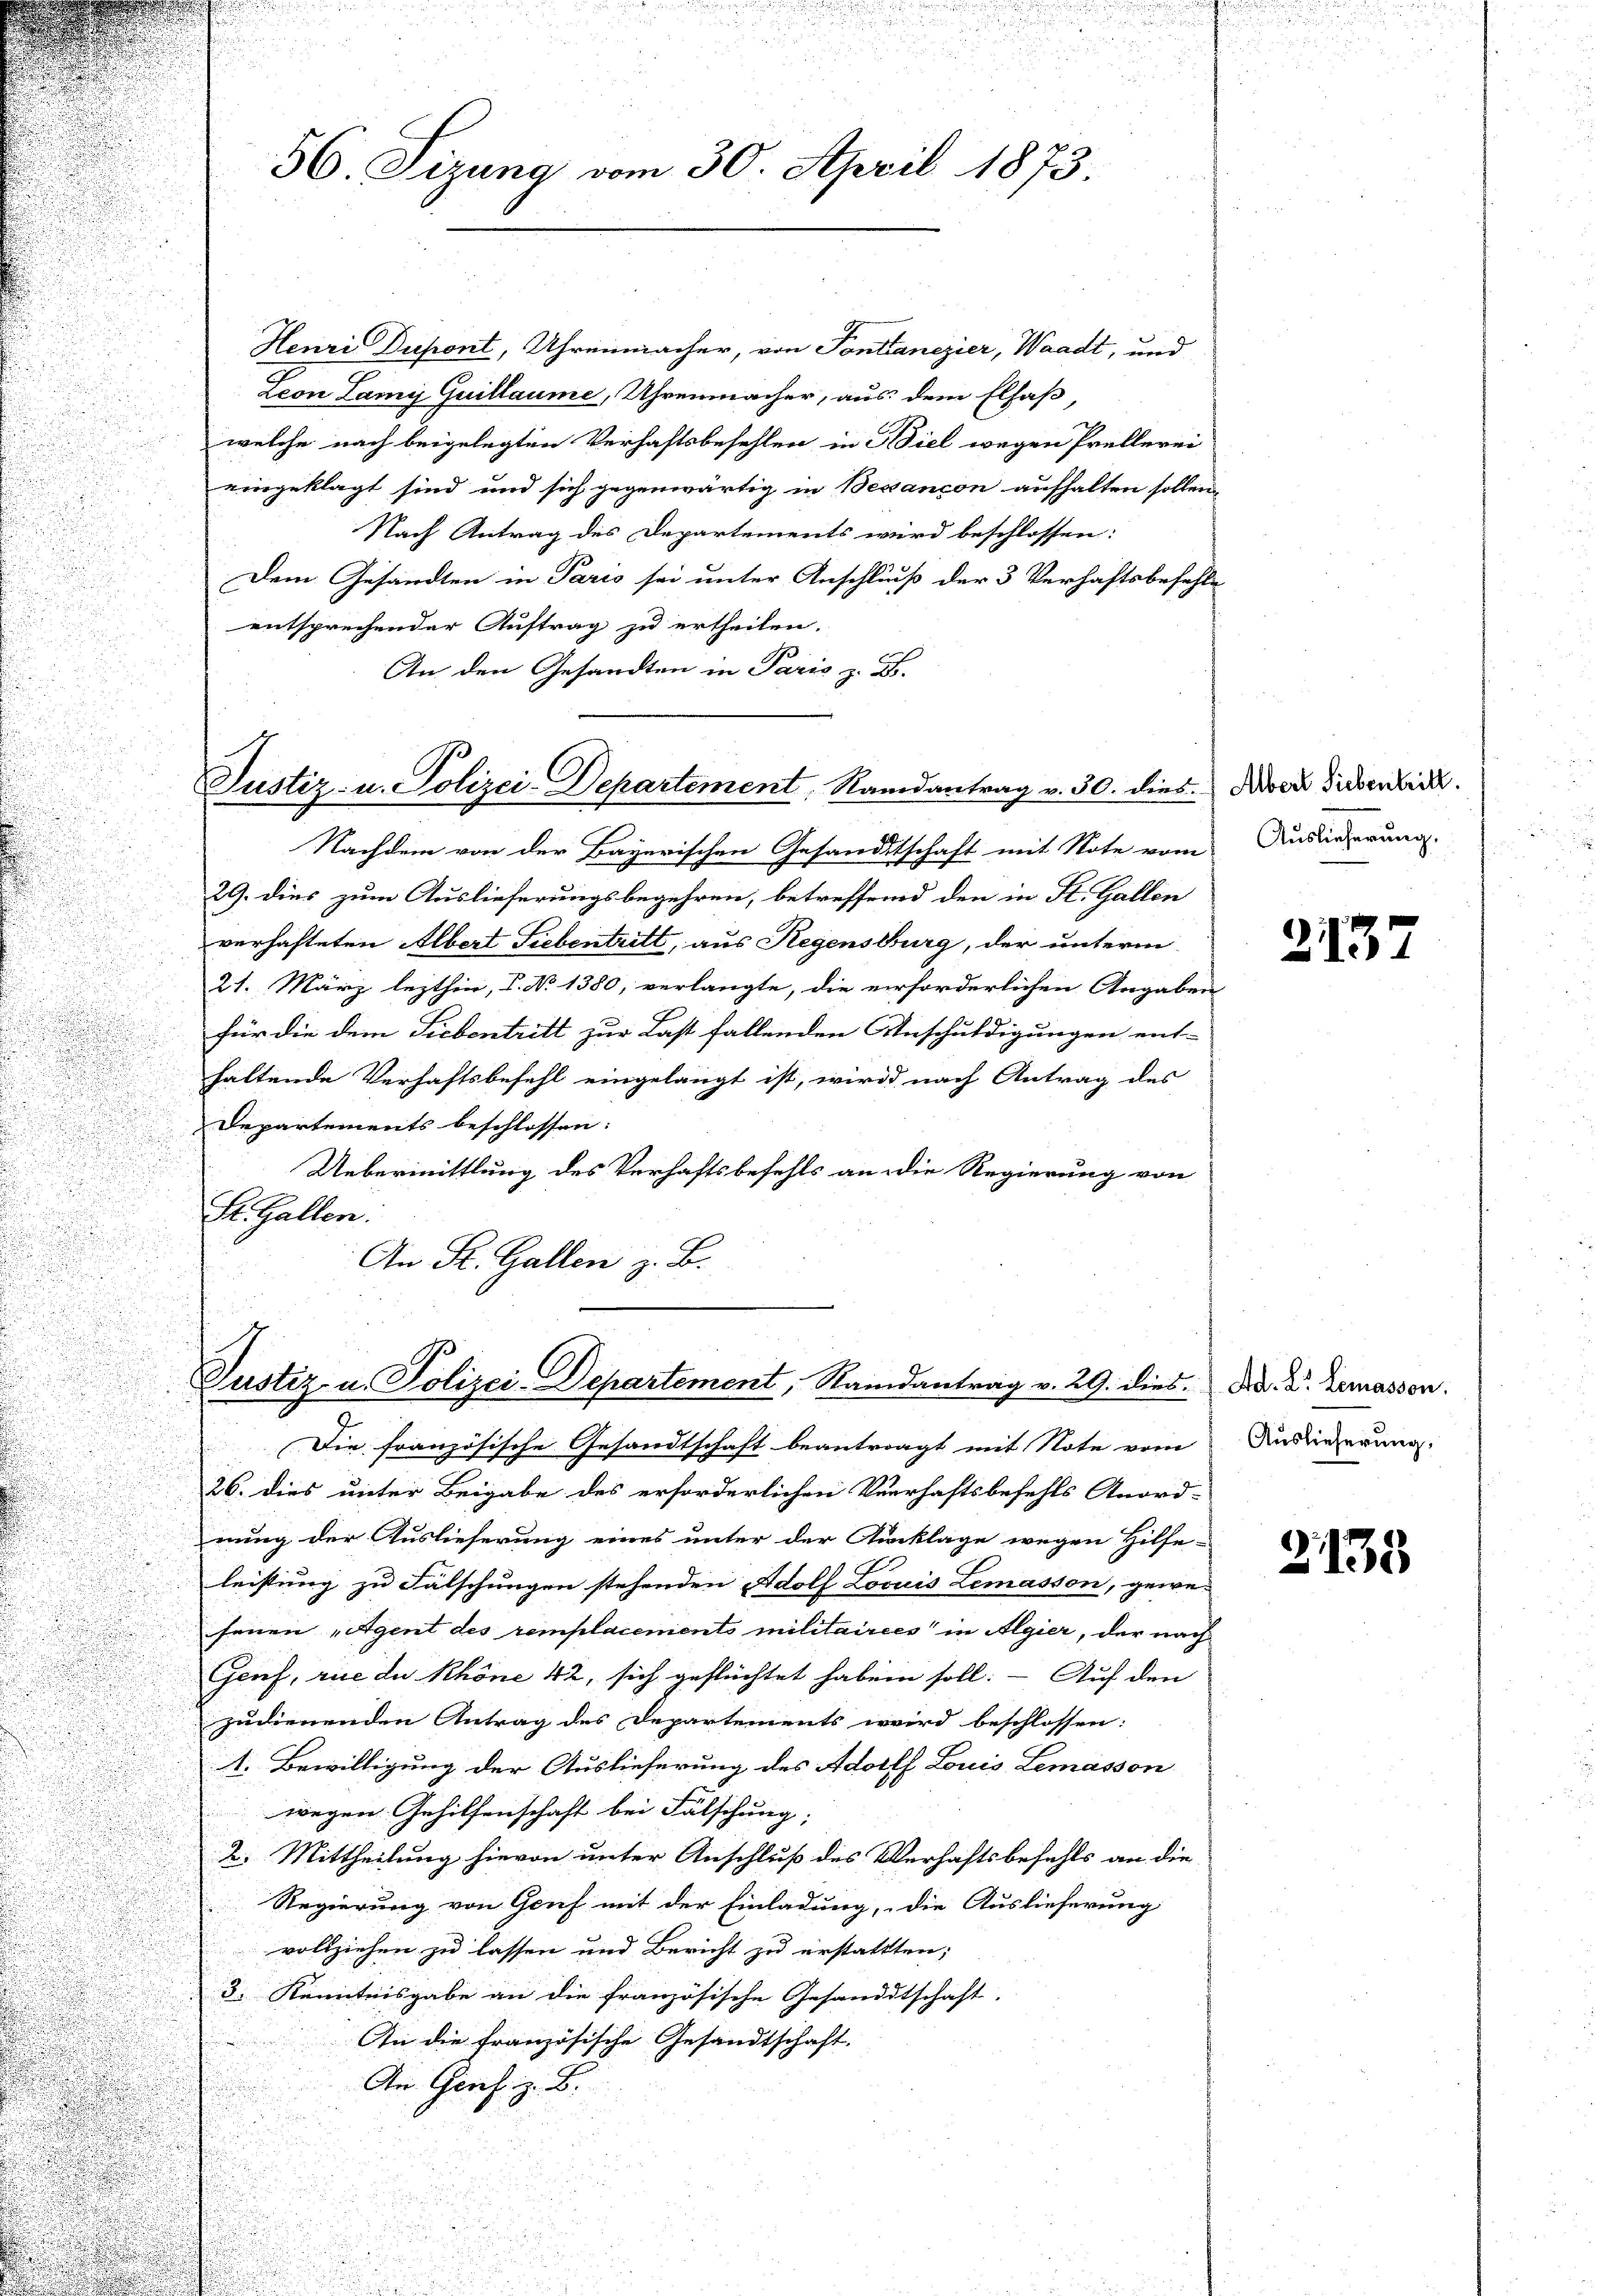
Henri Dupont, Uhrenmacher, von Pontanezier, Waadt, und
Leon Lami Quillaume, Uhrenmacher, aus dem Elsaß,
welche nach beigelegten Verhaftsbefehlen in Biel wegen Prellerei
eingeklagt sind und sich gegenwärtig in Bessancon aufhalten sollen,
Nach Antrag des Departements wird beschlossen:
Dem Gesandten in Paris sei unter Anschluß der 3 Verhaftsbefehle
entsprechender Auftrag zu ertheilen.
An den Gesandten in Paris z. B.
Nachdem von der Bayerischen Gesandtschaft mit Note vom
29. dies zum Auslieferungsbegehren, betreffend den in K. Gallen
verhafteten Albert Siebentritt, aus Regensburg, der unterm
21. März lezthin, V. No 1380, verlangte, die erforderlichen Angaben
für die dem Siebentritt zur Last fallenden Anschuldigungen ent-
haltende Verhaftsbefehl eingelangt ist, wird nach Antrag des
Departements beschlossen:
Uebermittlung des Verhaftsbefehls an die Regierung von
St. Gallen:
An St. Gallen z. B.

u
56. Sizung vom 30. April 1873.

Justiz- u. Polizei-Departement, Randantrag v. 30. dies

Justiz- u. Polizei-Departement, Randantrag v. 29. dies. Dr. Dr. Lemassen.

Albert Siebenteilt.
Auslieferung.

Die französische Gesandtschaft beantragt mit Note vom
26. dies unter Beigabe des erforderlichen Verhaftsbefehls Anord-
nung der Auslieferung eines unter der Anklage wegen Hilfe-
leistung zu Fälschungen stehenden Adolf Loouis Lemasson, gewe-
senen „Agent des remplacements militairees in Algier, der nach
Genf, rice du khöne 42, sich geflüchtet haben soll. - Auf den
zudienenden Antrag des Departements wird beschlossen:
1. Bewilligung der Auslieferung des Adolfs Louis Lemasson
wegen Gehilfenschaft bei Fälschung;
2. Mittheilung hievon unter Anschluß des Verhaftsbefehls an die
Regierung von Genf mit der Einladung, die Auslieferung
vollziehen zu lassen und Bericht zu erstattten;
3. Kenntnisgabe an die französische Gesandtschaft.
An die französische Gesandtschaft.
An Genf. z. B.

2137

Auslieferung.

2138